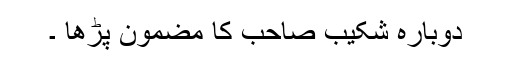
دوبارہ شکیب صاحب کا مضمون پڑھا ۔